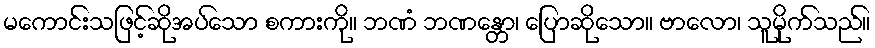
မကောင်းသဖြင့်ဆိုအပ်သော စကားကို။ ဘဏံ ဘဏန္တော၊ ပြောဆိုသော။ ဗာလော၊ သူမိုက်သည်။